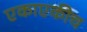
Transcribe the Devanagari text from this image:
एकाएकीच